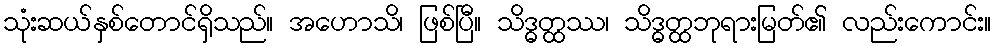
သုံးဆယ်နှစ်တောင်ရှိသည်။ အဟောသိ၊ ဖြစ်ပြီ။ သိဒ္ဓတ္ထဿ၊ သိဒ္ဓတ္ထဘုရားမြတ်၏ လည်းကောင်း။